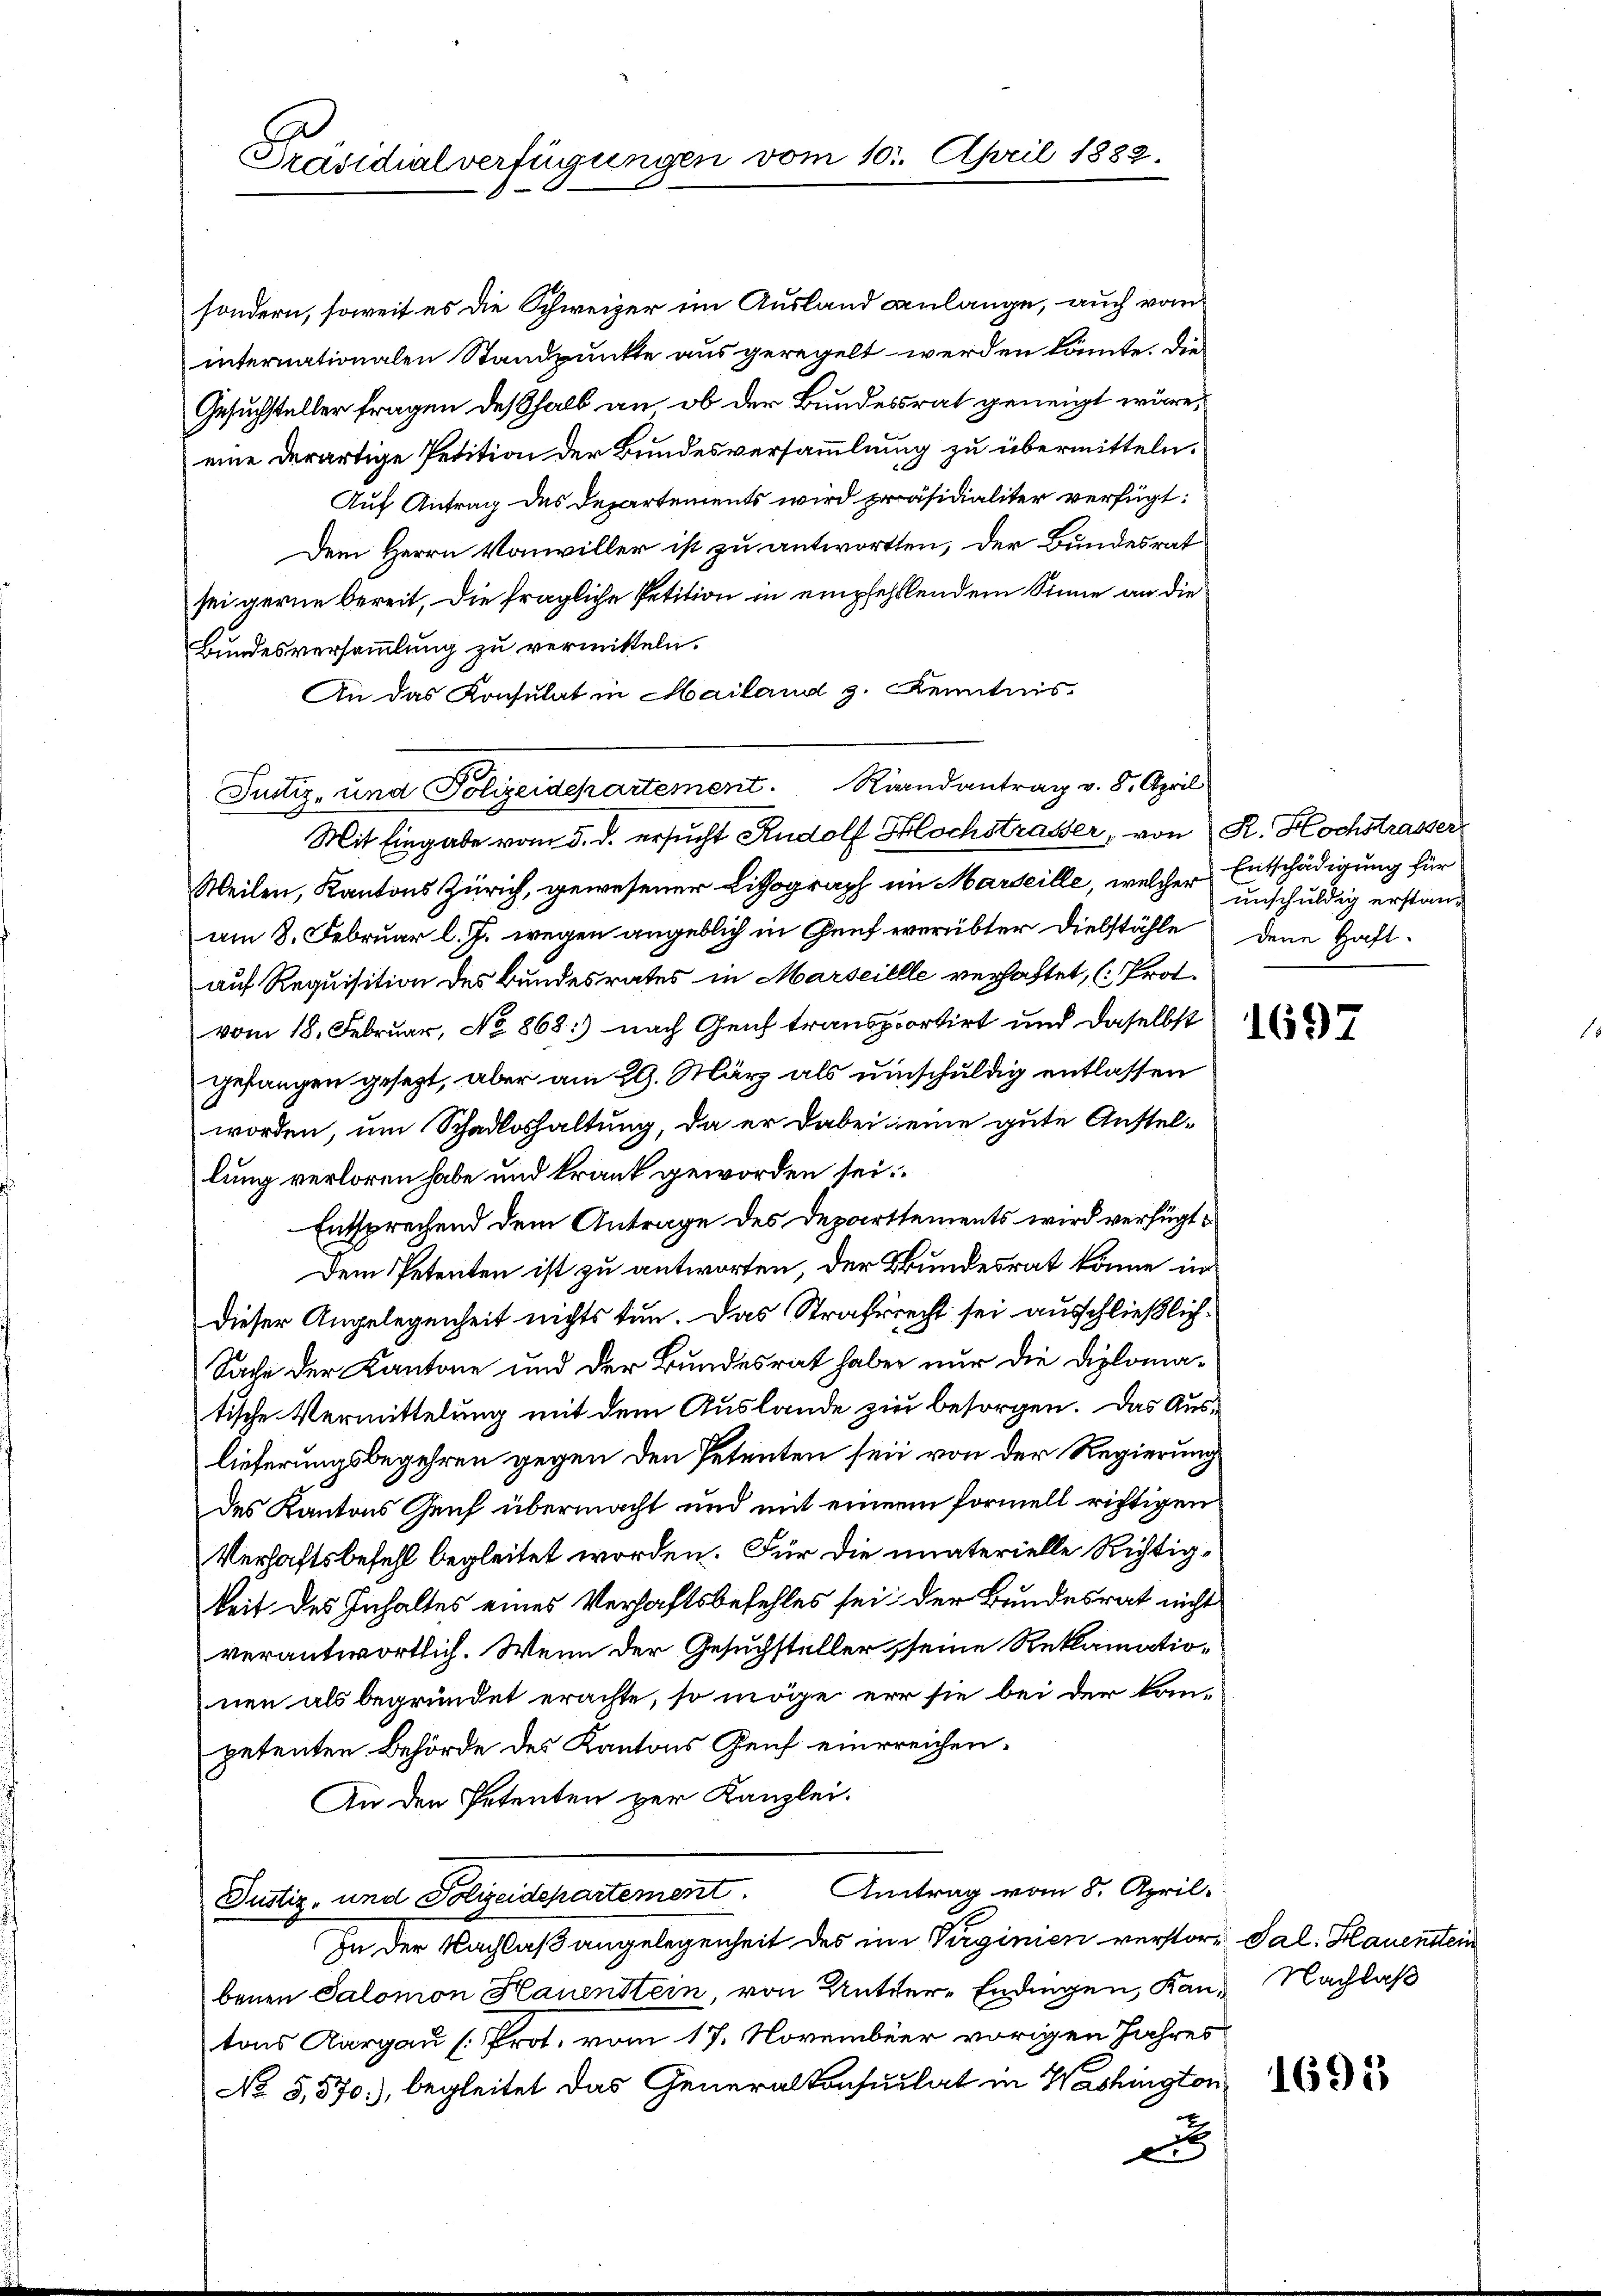
sondern, soweit es die Schweizer im Ausland anlange, auch vom
internationalen Standpunkte aus geregelt werden könnte. Die
Gesuchsteller fragen deßhalb an ob der Bundesrat geneigt wäre,
eine derartige Petition der Bundesversammlung zu übermitteln.
Auf Antrag des Departements wird präsidialiter verfügt:
Dem Herrn Vonwiller ist zu antworten, der Bundesrat
sei gerne bereit, die fragliche Petition in empfehlendem Sinne an die
Bundesversammlung zu vermitteln.
An das Konsulat in Mailand z. Kenntnis
Justiz- und Polizeidepartement. Randantrag v. 8. April
Mit Eingabe vom 5. d. ersucht Rudolf Hochstraßer, von R. Hochstrasser
Weilen, Kantons Zürich, gewesener Lithograph im Marseille, welcher Entschädigung für
am 8. Februar l. J. wegen angeblich in Genf everübter Diebstähle
auf Requisition des Bundesrates in Marseillle verhaftet, (Prot.
vom 18. Februar, No 868.) nach Genf transportirt und daselbst
gefangen gesezt, aber am 29. März als umschuldig entlassen
worden, um Schadloshaltung, da er dabei seine gute Austellung verloren habe und krank geworden sei.
Entsprechend dem Antrage des Departtements wird verfügt,
Dem Petenten ist zu antworten, der Bundesrat könne in
dieser Angelegenheit nichts tun. Das Strafrecht sei ausschließlich
Sache der Kantone und der Bundesrat haben nur die Diplomatische Vermittelung mit dem Auslande zu besorgen. Das Auslieferungsbegehren gegen den Petenten sein von der Regierung
des Kantons Genf übermacht und mit einem formell richtigen
Verhaftsbefehl begleitet worden. Für die umaterielle Richtigkeit des Inhaltes eines Verhaftsbefehles sei der Bundesrat nicht
verantwortlich. Wenn der Gesuchsteller seine Reklamationen als begründet erachte, so möge er sie bei der kan-
petenten Behörde des Kantons Genf einereichen.
An den Petenten per Kanzlei.
Justiz- und Polizeidepartement. Antrag vom 8. April.
In der Nachlaß angelegenheit des im Virginien verstor-Sal. Hauenstein
benen Salomon Hauenstein, von Unter-Endingen, Kan Nachlaß
tons Aargau (Prot. vom 17. November vorigen Jahres
No 5,570), begleitet das Generalkonsulat in Washington
n

Präsidialverfügungen vom 10. April 1882.

unschuldig erstandene Haft.

1697

1695